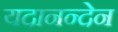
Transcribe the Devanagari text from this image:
यदानन्देन